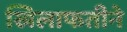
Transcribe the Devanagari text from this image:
खिलाफतीने